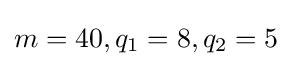
m=40,q_{1}=8,q_{2}=5